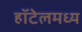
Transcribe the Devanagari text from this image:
हॉटेलमध्य